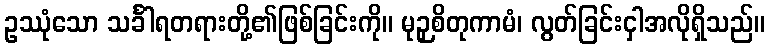
ဥဿုံသော သင်္ခါရတရားတို့၏ဖြစ်ခြင်းကို။ မုဉှစိတုကာမံ၊ လွတ်ခြင်းငှါအလိုရှိသည်။